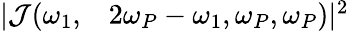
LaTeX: \begin{array}{rl}{|\mathcal{J}(\omega_{1},}&{{}2\omega_{P}-\omega_{1},\omega_{P},\omega_{P})|^{2}}\end{array}